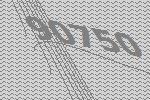
90750